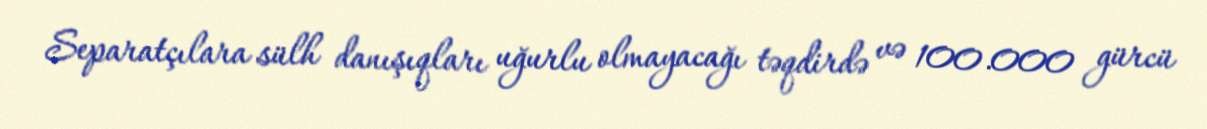
Separatçılara sülh danışıqları uğurlu olmayacağı təqdirdə və 100.000 gürcü